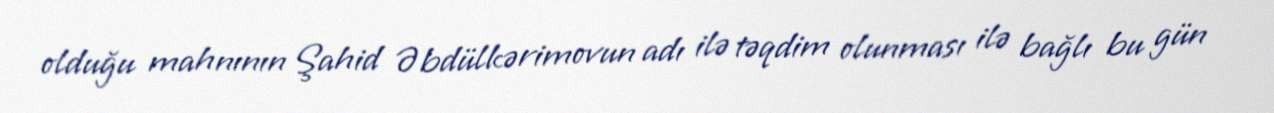
olduğu mahnının Şahid Əbdülkərimovun adı ilə təqdim olunması ilə bağlı bu gün